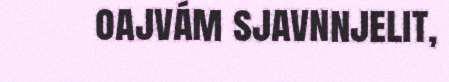
oajvám sjavnnjelit,